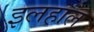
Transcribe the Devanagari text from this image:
इलहाल